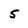
Character: 5